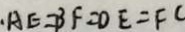
\cdot A E = B F = D E = F C